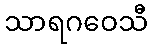
သာရဂဝေသီ